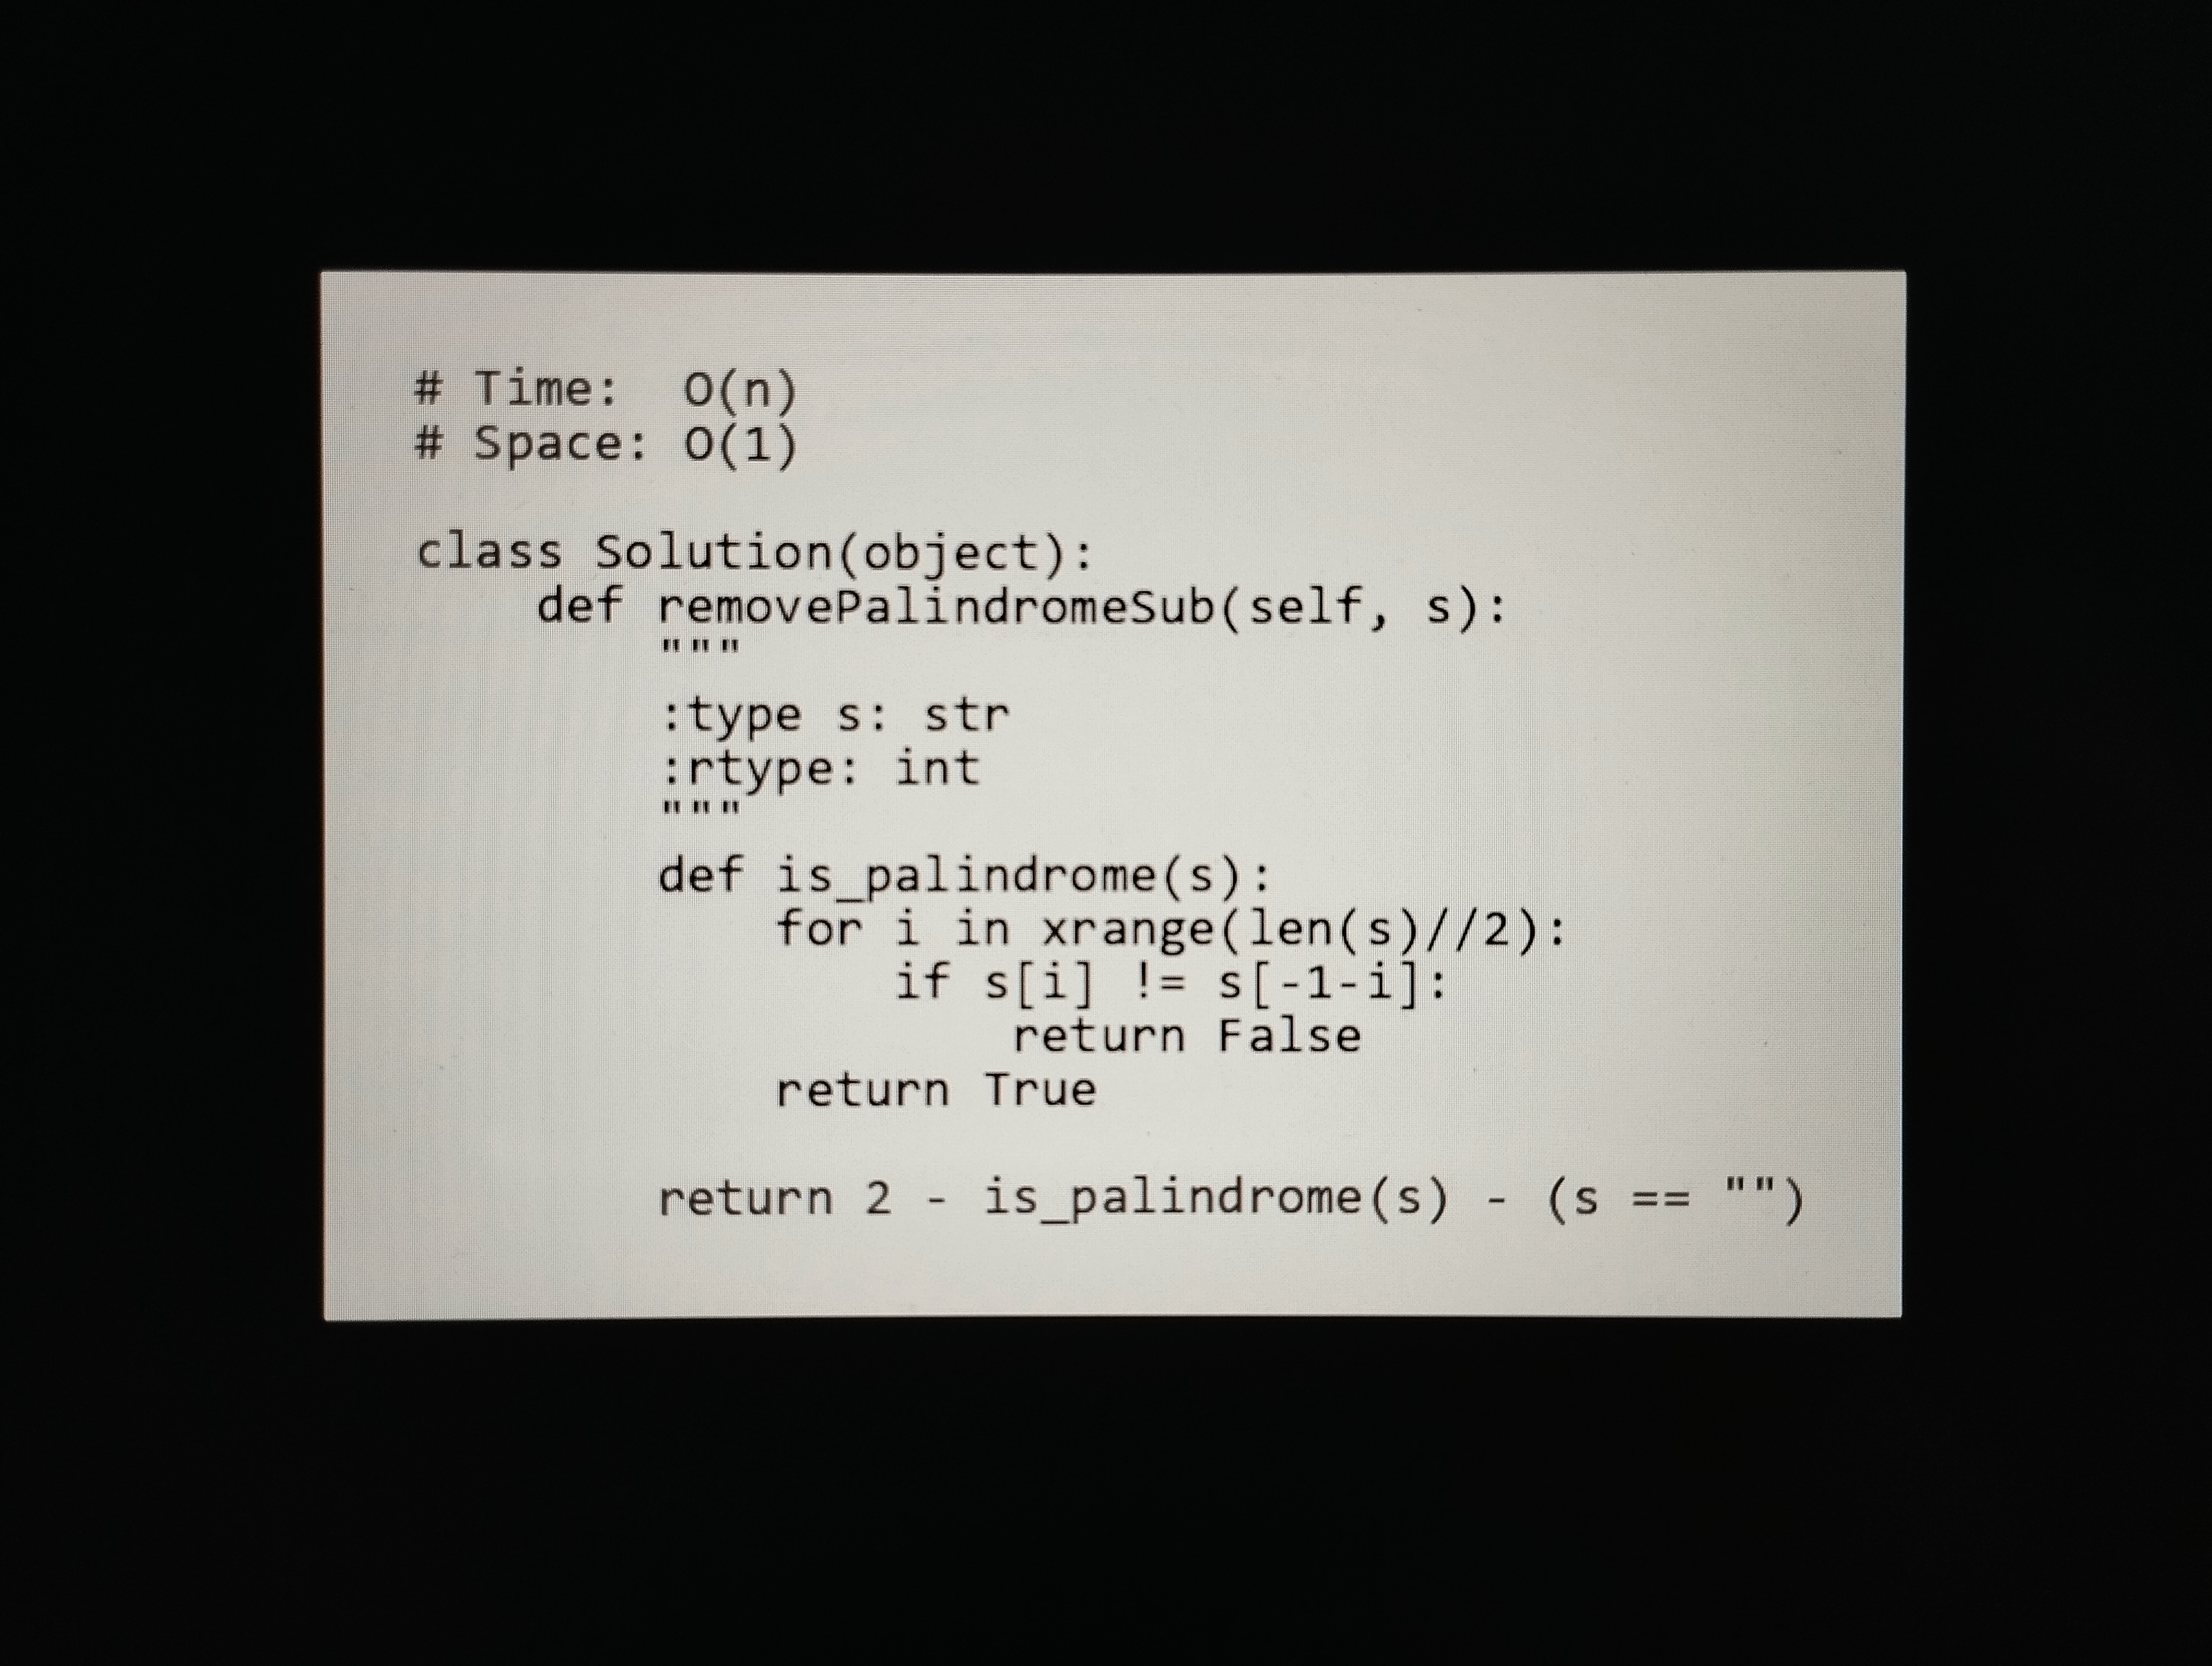
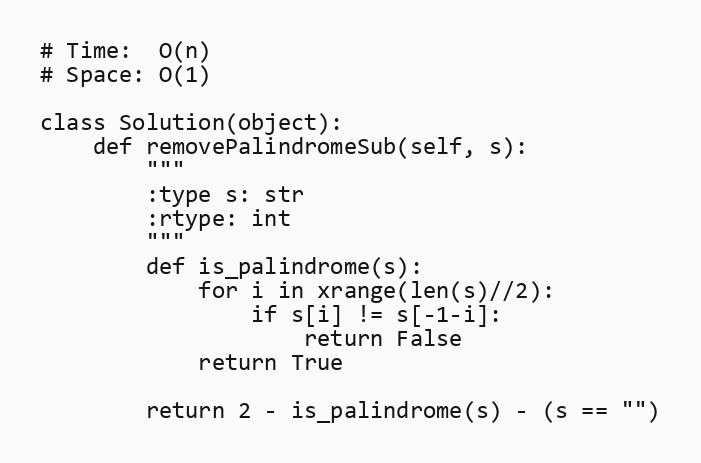
# Time:  O(n)
# Space: O(1)

class Solution(object):
    def removePalindromeSub(self, s):
        """
        :type s: str
        :rtype: int
        """
        def is_palindrome(s):
            for i in xrange(len(s)//2):
                if s[i] != s[-1-i]:
                    return False
            return True

        return 2 - is_palindrome(s) - (s == "")